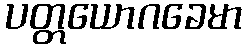
ပတ္တယောဂခေမာ